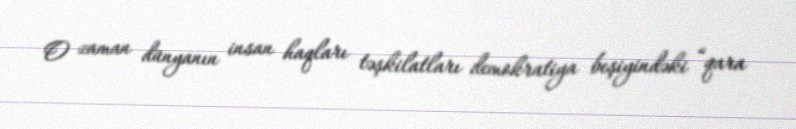
O zaman dünyanın insan haqları təşkilatları demokratiya beşiyindəki “qara